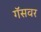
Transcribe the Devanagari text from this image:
गॅसवर